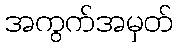
အကွက်အမှတ်